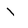
Character: I